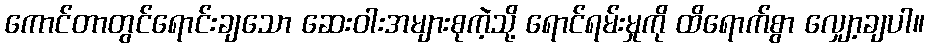
ကောင်တာတွင်ရောင်းချသော ဆေးဝါးအများစုကဲ့သို့ ရောင်ရမ်းမှုကို ထိရောက်စွာ လျှော့ချပါ။